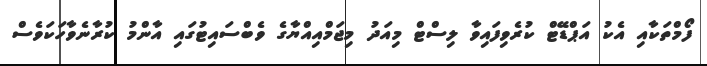
ފޯމްތަކާއި އެކު އަޕްޑޭޓް ކުރެވިފައިވާ ލިސްޓް މިއަދު މިޖަމްއިއްޔާގެ ވެބްސައިޓުގައި އާންމު ކުރާނެވާހަކަވެސް